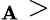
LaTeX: _\mathbf{A}>